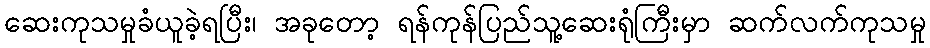
ဆေးကုသမှုခံယူခဲ့ရပြီး၊ အခုတော့ ရန်ကုန်ပြည်သူ့ဆေးရုံကြီးမှာ ဆက်လက်ကုသမှု